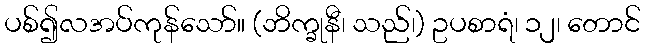
ပစ်၍လအပ်ကုန်သော်။ (ဘိက္ခုနီ၊ သည်၊) ဥပစာရံ၊ ၁၂၊ တောင်